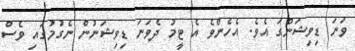
ވަނަ ޑިވިޝަންގަ އެވެ. އެހެންވެ އެ ޓީމު ދެވަނަ ޑިވިޝަނުން ނެގުމުގައި ވެސް